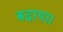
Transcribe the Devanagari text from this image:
बढा़या।